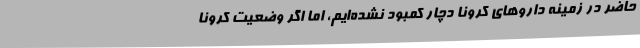
حاضر در زمینه داروهای کرونا دچار کمبود نشده‌ایم، اما اگر وضعیت کرونا